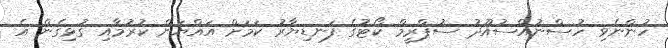
ހުންނެވި ހުސްނުއްސުއޫދު ސުޕްރީމް ކޯޓުގެ ފަނޑިޔާރު ކަމަށް އައްޔަން ކުރުމާއި ގުޅިގެން އެ